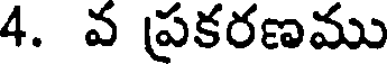
4. వ ప్రకరణము